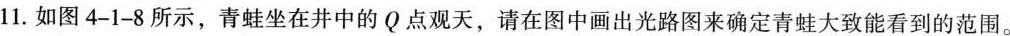
11.如图4-1-8所示，青蛙坐在井中的Q点观天，请在图中画出光路图来确定青蛙大致能看到的范围。